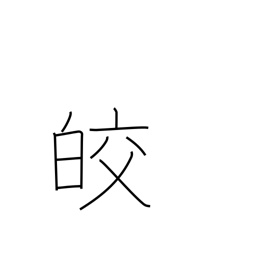
Meaning: white